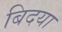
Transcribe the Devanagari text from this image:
बिदया